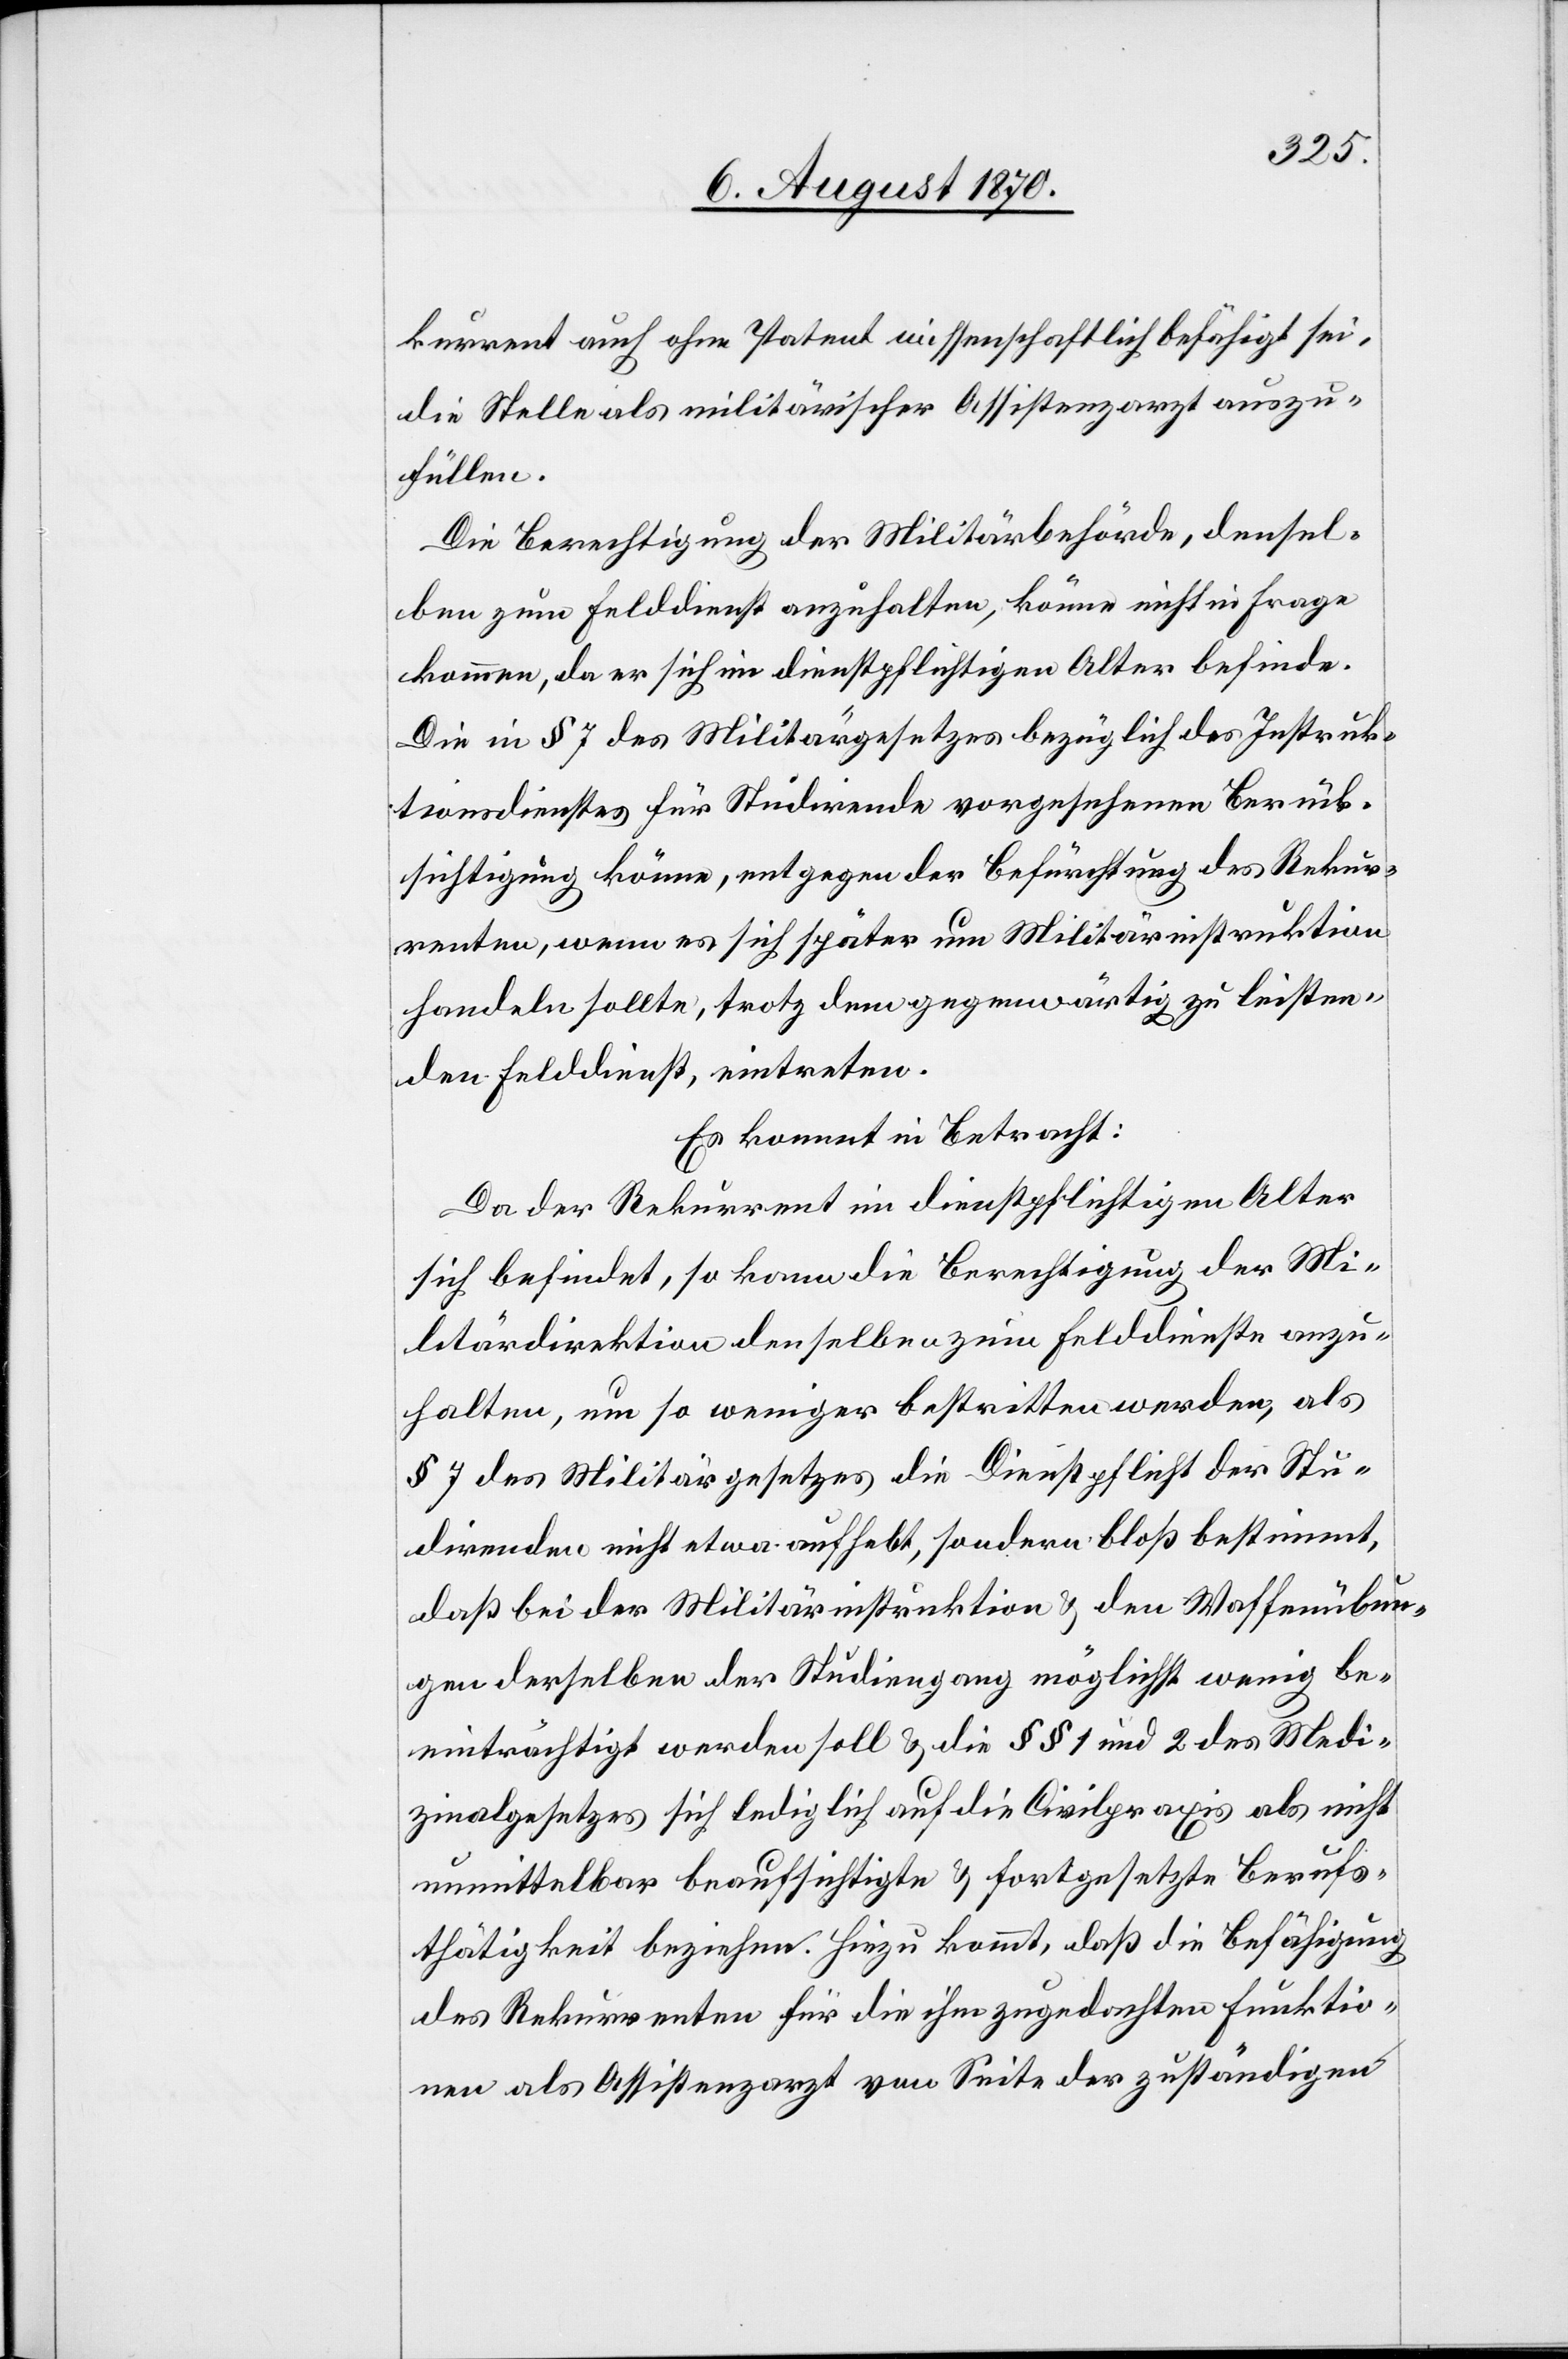
kurrent auch ohne Patent wissenschaftlich befähigt sei,
die Stelle als militärischer Assistenzarzt auszu¬
füllen.
Die Berechtigung der Militärbehörde, densel¬
ben zum Felddienst anzuhalten, könne nicht in Frage
kommen, da er sich in dienstpflichtigem Alter befinde.
Die in § 7 des Militärgesetzes bezüglich des Instruk¬
tionsdienstes für Studirende vorgesehenen [sic!] Berück¬
sichtigung könne, entgegen der Befürchtung des Rekur¬
renten, wenn es sich später um Militärinstruktion
handeln sollte, trotz dem gegenwärtig zu leisten¬
den Felddienst, eintreten.
Es kommt in Betracht:
Da der Rekurrent im dienstpflichtigen Alter
sich befindet, so kann die Berechtigung der Mi¬
litärdirektion denselben zum Felddienste anzu¬
halten, um so weniger bestritten werden, als
§ 7 des Militärgesetzes die Dienstpflicht der Stu¬
direnden nicht etwa aufhebt, sondern bloß bestimmt,
daß bei der Militärinstruktion & den Waffenübun¬
gen derselben der Studiengang möglichst wenig be¬
einträchtigt werden soll & die §§ 1 und 2 des Medi¬
zinalgesetzes sich lediglich auf die Civilpraxis als nicht
unmittelbar beaufsichtigte & fortgesetzte Berufs¬
thätigkeit beziehen. Hiezu kommt, daß die Befähigung
des Rekurrenten für die ihm zugedachten Funktio¬
nen als Assistenzarzt von Seite der zuständigen